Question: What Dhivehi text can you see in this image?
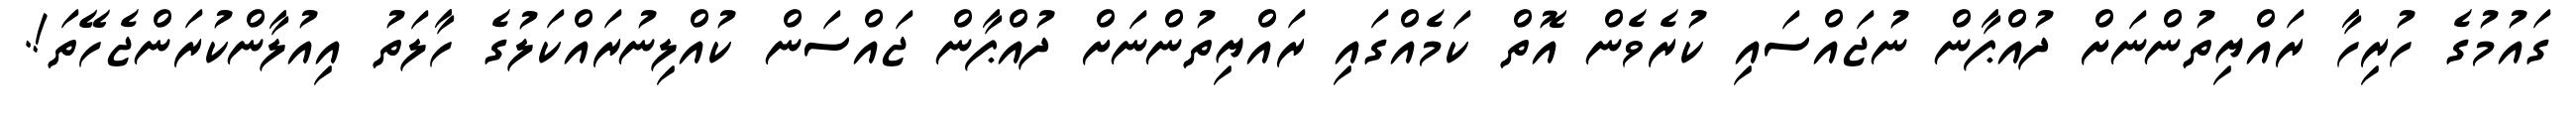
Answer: ގައުމުގެ ހުރިހާ ރައްޔިތުންނަށް ދުއްޕާން ނުޖައްސައި ކުރެވެން އޮތް ކަމެއްގައި ރައްޔިތުންނަށް ދުއްޕާން ޖައްސަން ކުއްލިނުރައްކަލުގެ ހާލަތު އިއުލާންކުރަންޖެހޭތަ!.